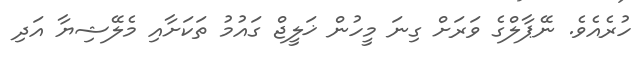
ހުރެއެވެ. ނޭޕާލްގެ ވަރަށް ގިނަ މީހުން ޚަލީޖް ގައުމު ތަކަށާއި މެލޭޝިޔާ އަދި